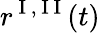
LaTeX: r^{\mathrm{~I~,~I~I~}}(t)